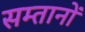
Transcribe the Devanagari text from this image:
सम्तानों